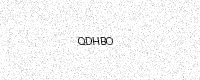
Text: QDHBO